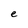
Character: e